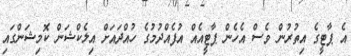
އެ ޕާޓީގެ އިތުރުން ވެސް އެހެން ޕާޓީއެއް އުފެއްދުމުގެ ހުއްދައަށް އިލެކްޝަން ކޮމިޝަންގައި